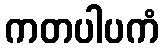
ကတပါပကံ